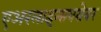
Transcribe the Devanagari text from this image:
एअरलाइन्सबरोबर